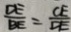
\frac { D E } { B E } = \frac { C E } { D E }